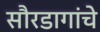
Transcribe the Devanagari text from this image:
सौरडागांचे